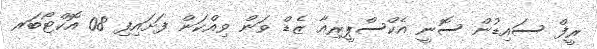
ރީފް ސައިޑުން ސޮނީ އެކްސްޕީރިއާ ޒެޑް ވަން ވިއްކަން ފަށައިފި 08 އޮކްޓޯބަރ